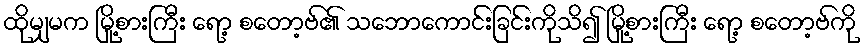
ထိုမျှမက မြို့စားကြီး ရော့ စတော့ဗ်၏ သဘောကောင်းခြင်းကိုသိ၍ မြို့စားကြီး ရော့ စတော့ဗ်ကို